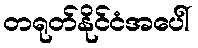
တရုတ်နိုင်ငံအပေါ်